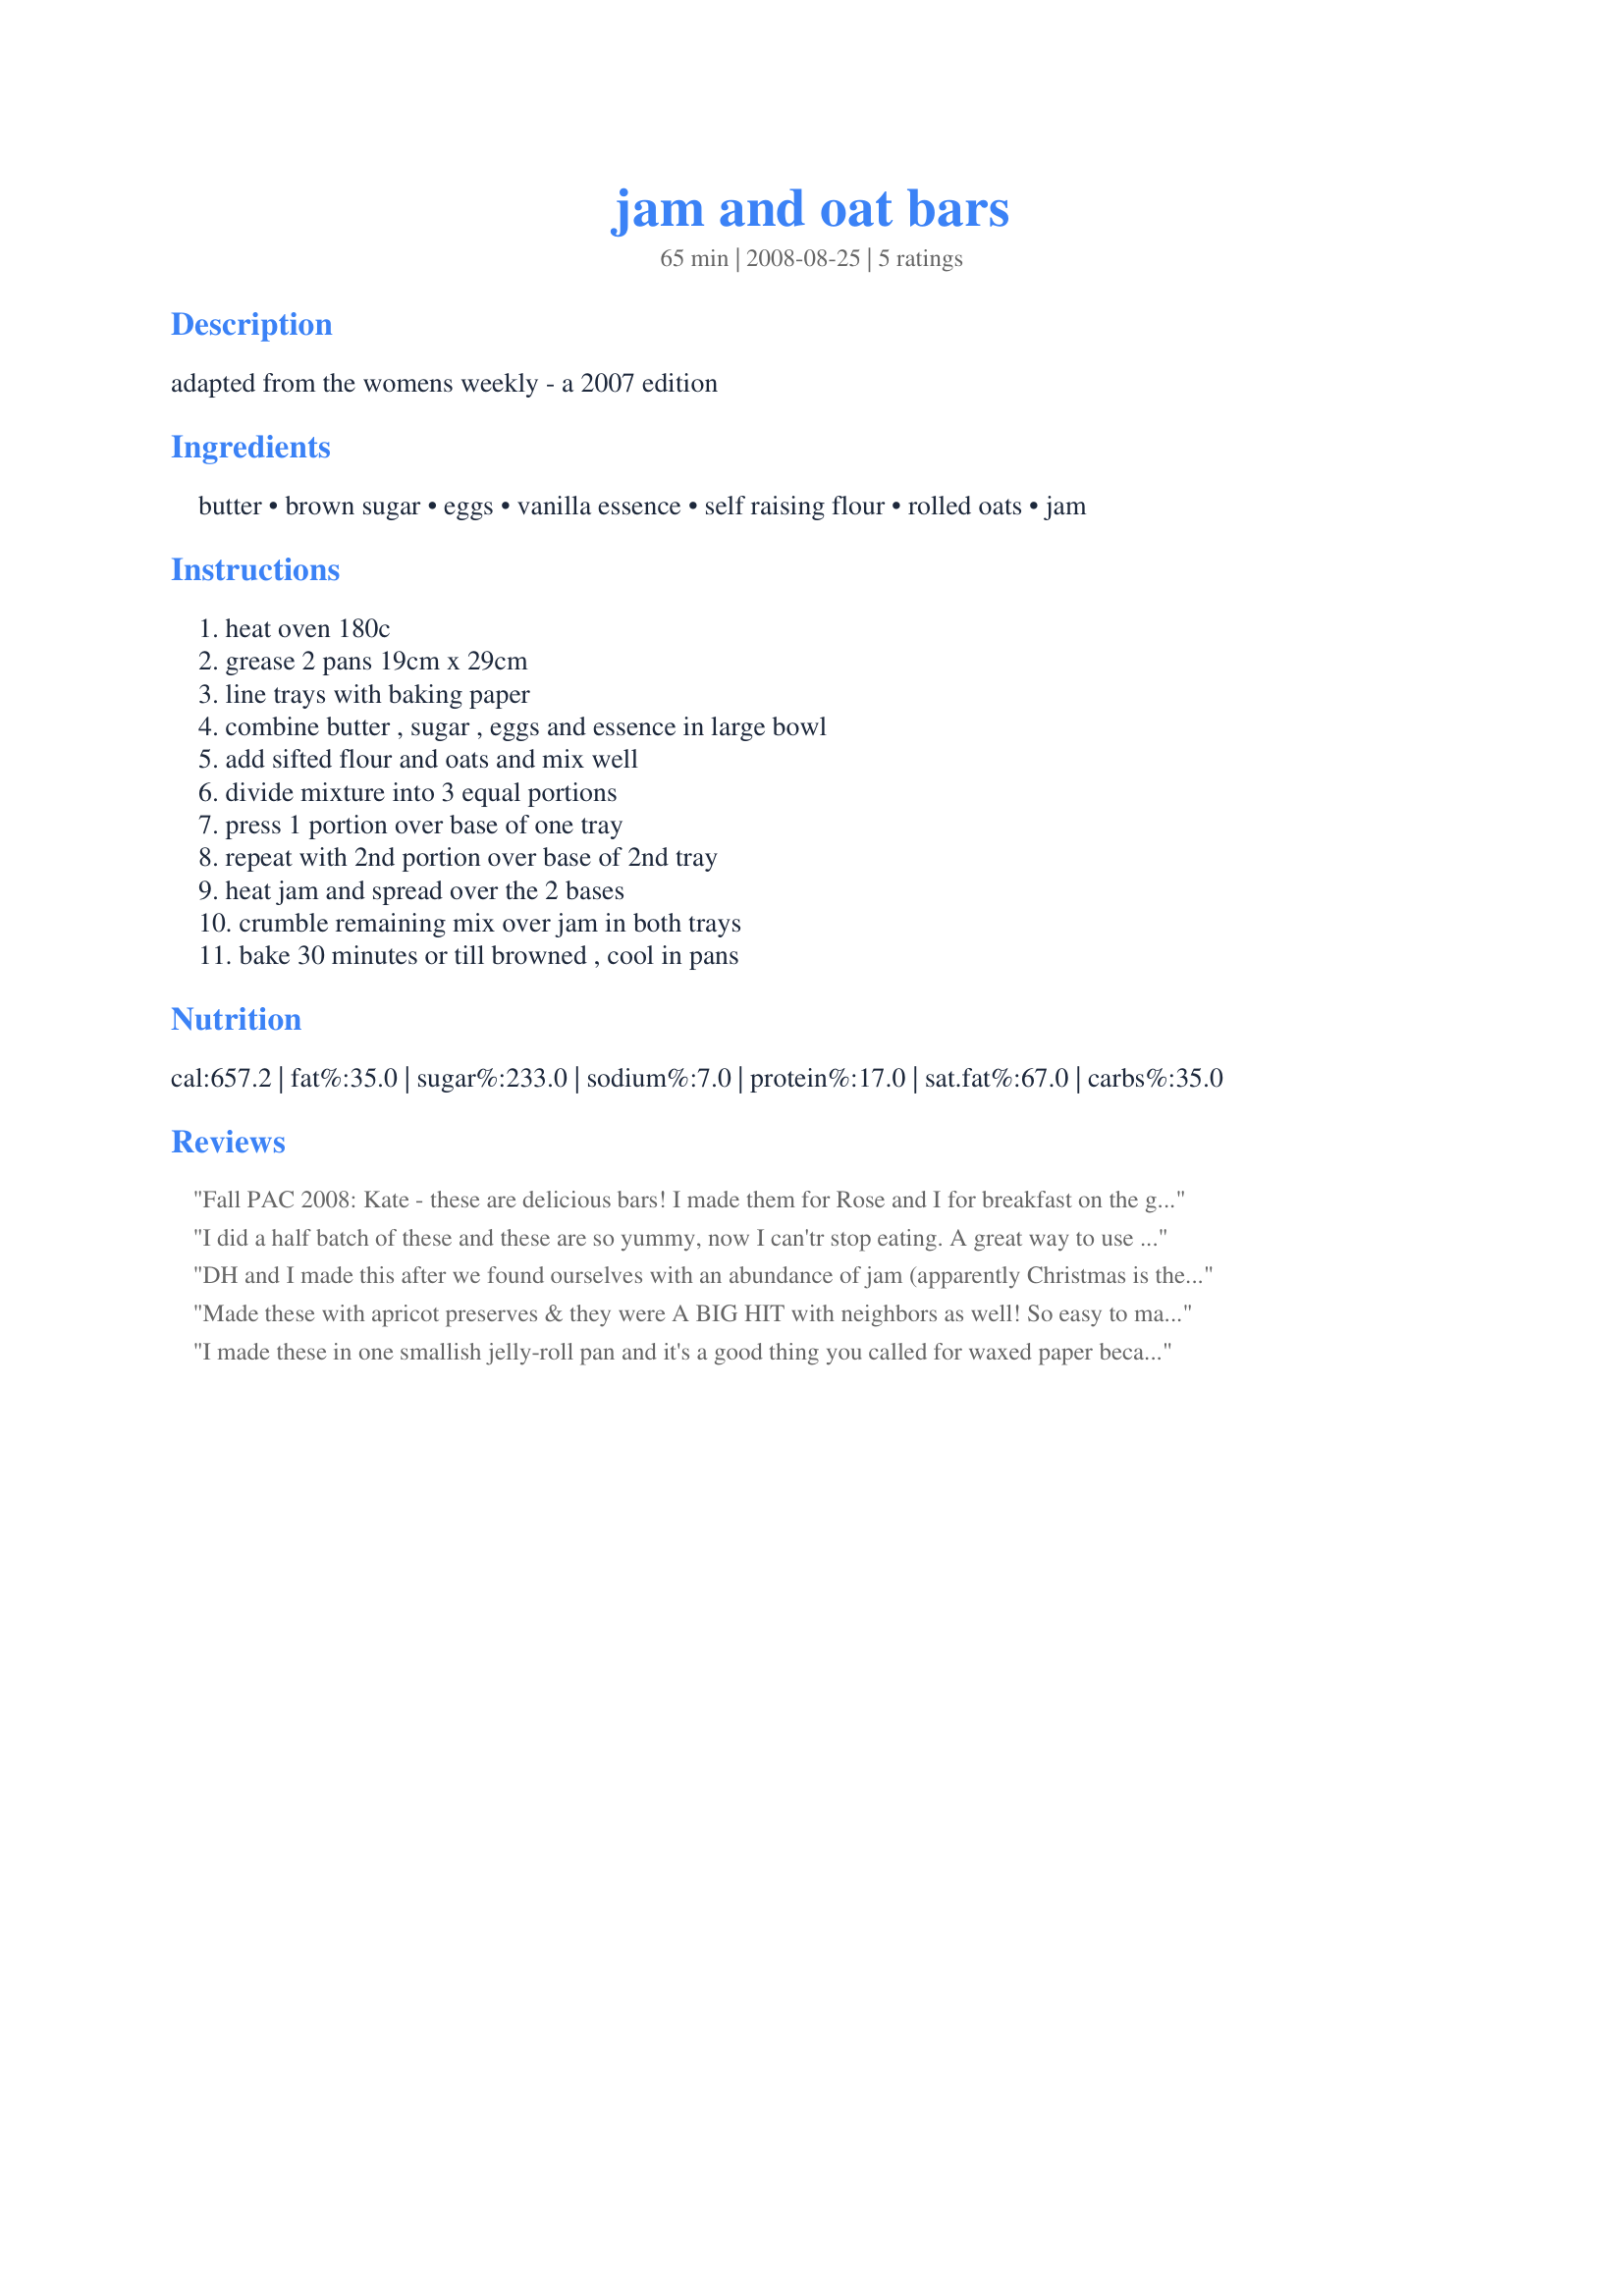
jam and oat bars
Preparation time: 65 minutes

adapted from the womens weekly - a 2007 edition

Ingredients:
butter, brown sugar, eggs, vanilla essence, self raising flour, rolled oats, jam

Steps:
heat oven 180c, grease 2 pans 19cm x 29cm, line trays with baking paper, combine butter , sugar , eggs and essence in large bowl, add sifted flour and oats and mix well, divide mixture into 3 equal portions, press 1 portion over base of one tray, repeat with 2nd portion over base of 2nd tray, heat jam and spread over the 2 bases, crumble remaining mix over jam in both trays, bake 30 minutes or till browned , cool in pans

Reviews:
Fall PAC 2008: Kate - these are delicious bars! I made them for Rose and I for breakfast on the go. I made them half strawberry (for me) and half blackberry for Miss Rose. They were a hit!! Now I just have to vacuum the oat crumbs from the van - lol!
I did a half batch of these and these are so yummy, now I can'tr stop eating. A great way to use up a stock pile of jam..I used raspberry this time but can't wait to try it with other flavours..I used half brown sugar half raw sugar as I was running low on brown and all worked fine...Thanks for posting!
DH and I made this after we found ourselves with an abundance of jam (apparently Christmas is the season of jam-giving). DH liked it a lot, but I thought the oat mixture was a little dry; I think I might add a little more butter next time. Thanks for the recipe!!
Made these with apricot preserves & they were A BIG HIT with neighbors as well! So easy to make & very, very tasty! Will be doing these again for one of my monthly groups! Thanks for sharing the recipe! [Tagged, made & reviewed as a PRESSIE in the Aus/NZ 12 Days of Christmas Recipe Swap]
I made these in one smallish jelly-roll pan and it's a good thing you called for waxed paper because they rose out of the pan just a little. I used 1.5 cups of brown sugar and they are really good. I also only use 2/3 cup of raspberry preserves because that was all I had. Yummy treats! Reviewed for the Aussie/NZ Recipe Swap (October.)
